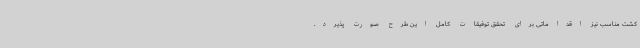
کشت مناسب نیز اقداماتی برای تحقق توفیقات کامل این طرح صورت پذیرد.